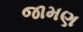
જામણ